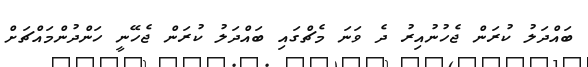
ބައްދަލު ކުރަން ޖެހުނުއިރު ދެ ވަނަ މެޗްގައި ބައްދަލު ކުރަން ޖެހޭނީ ހަންދުންމައްޗަށް